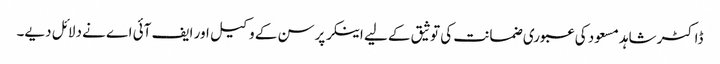
ڈاکٹر شاہد مسعود کی عبوری ضمانت کی توثیق کے لیے اینکر پرسن کے وکیل اور ایف آئی اے نے دلائل دیے۔